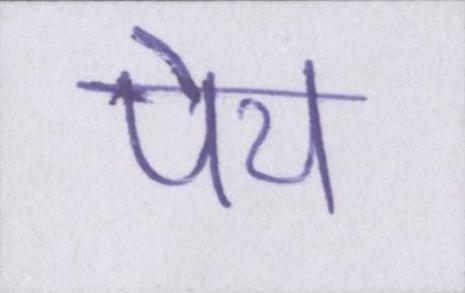
पेय